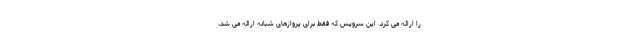
را ارائه می کرد. این سرویس که فقط برای پروازهای شبانه ارائه می شد،